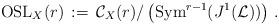
LaTeX: \begin{align*}{\rm OSL}_X(r)\,:=\, {\mathcal C}_X(r)/\left({\rm Sym}^{r-1}(J^1(\mathcal L))\right)\, .\end{align*}